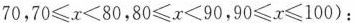
70，$$70 \leq x<80$$，$$80 \leq x<90$$，$$90 \leq x \leq 100$$)：